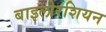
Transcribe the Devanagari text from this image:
बाइलोरशियन